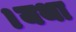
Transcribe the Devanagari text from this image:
।यथा